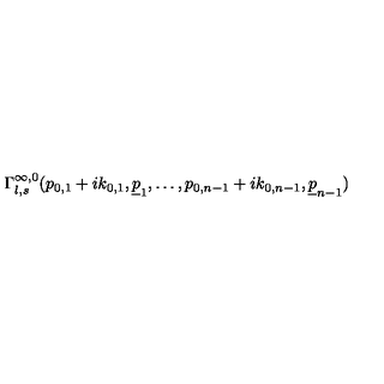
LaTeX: \Gamma _ { l , s } ^ { \infty , 0 } ( p _ { 0 , 1 } + i k _ { 0 , 1 } , \underline { { p } } _ { 1 } , \ldots , p _ { 0 , n - 1 } + i k _ { 0 , n - 1 } , \underline { { p } } _ { n - 1 } )